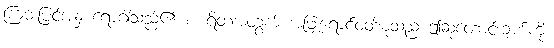
ကြမ်းပြင်အနှံ့ ရောဂါသည်၏ စားရိတ်အတွက် အဖြူရောင်ဝတ်စုံသည် ဤဆုတောင်းချက်ကို